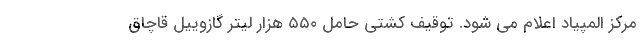
مرکز المپیاد اعلام می شود. توقیف کشتی حامل ۵۵۰ هزار لیتر گازوییل قاچاق